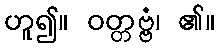
ဟူ၍။ ဝတ္တဗ္ဗံ၊ ၏။